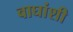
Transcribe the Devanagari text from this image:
वाघांशी